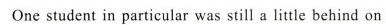
Onestudent in particular was still a littie behind on